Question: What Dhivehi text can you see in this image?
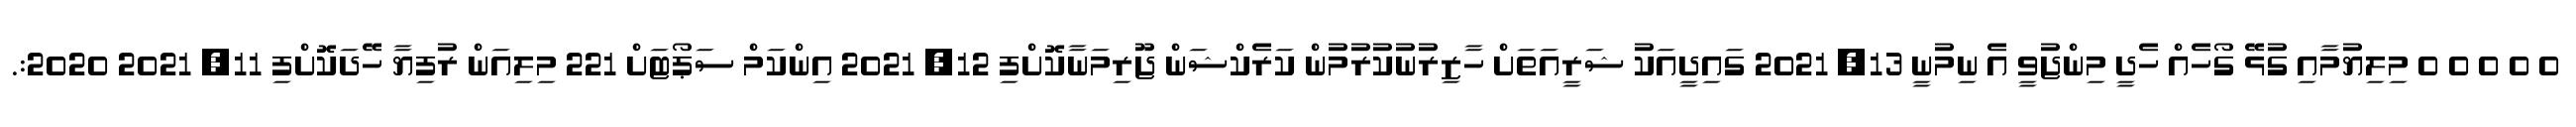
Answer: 0 0 0 0 0 މިލިޔުމާއި ގުޅޭ ގޯހެއް ހެދީ މިންޖުވީ އެ ނިމުނީ 13, 2021 ގައިދީއަކު ޝަރީއަތަށް ހާޒިރުނުކުރުމުން ކަރެކްޝަން ޖޫރިމަނާކޮށްފި 12, 2021 އިންކަމް ސަޕޯޓަށް 221 މިލިއަން ރުފިޔާ ހޭދަކޮށްފި 11, 2021 2020:.